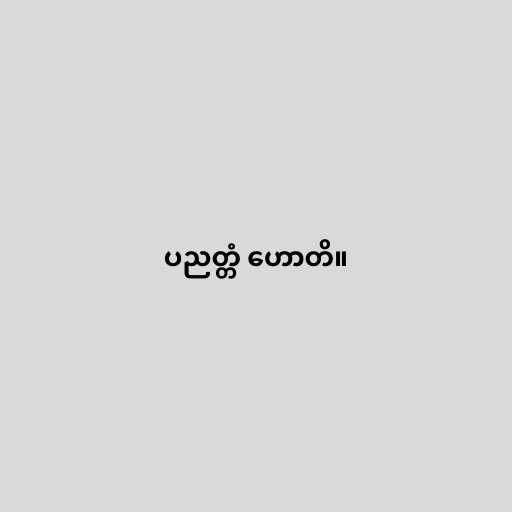
ပညတ္တံ ဟောတိ။